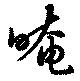
晻